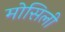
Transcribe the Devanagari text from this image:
मोसिली